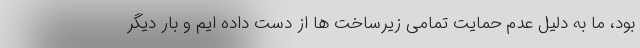
بود، ما به دلیل عدم حمایت تمامی زیرساخت ها از دست داده ایم و بار دیگر